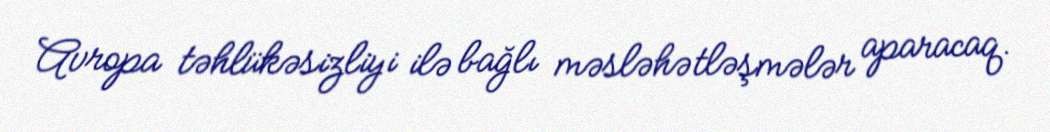
Avropa təhlükəsizliyi ilə bağlı məsləhətləşmələr aparacaq.